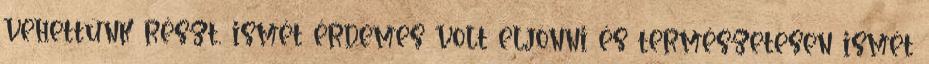
vehettünk részt, ismét érdemes volt eljönni és természetesen ismét